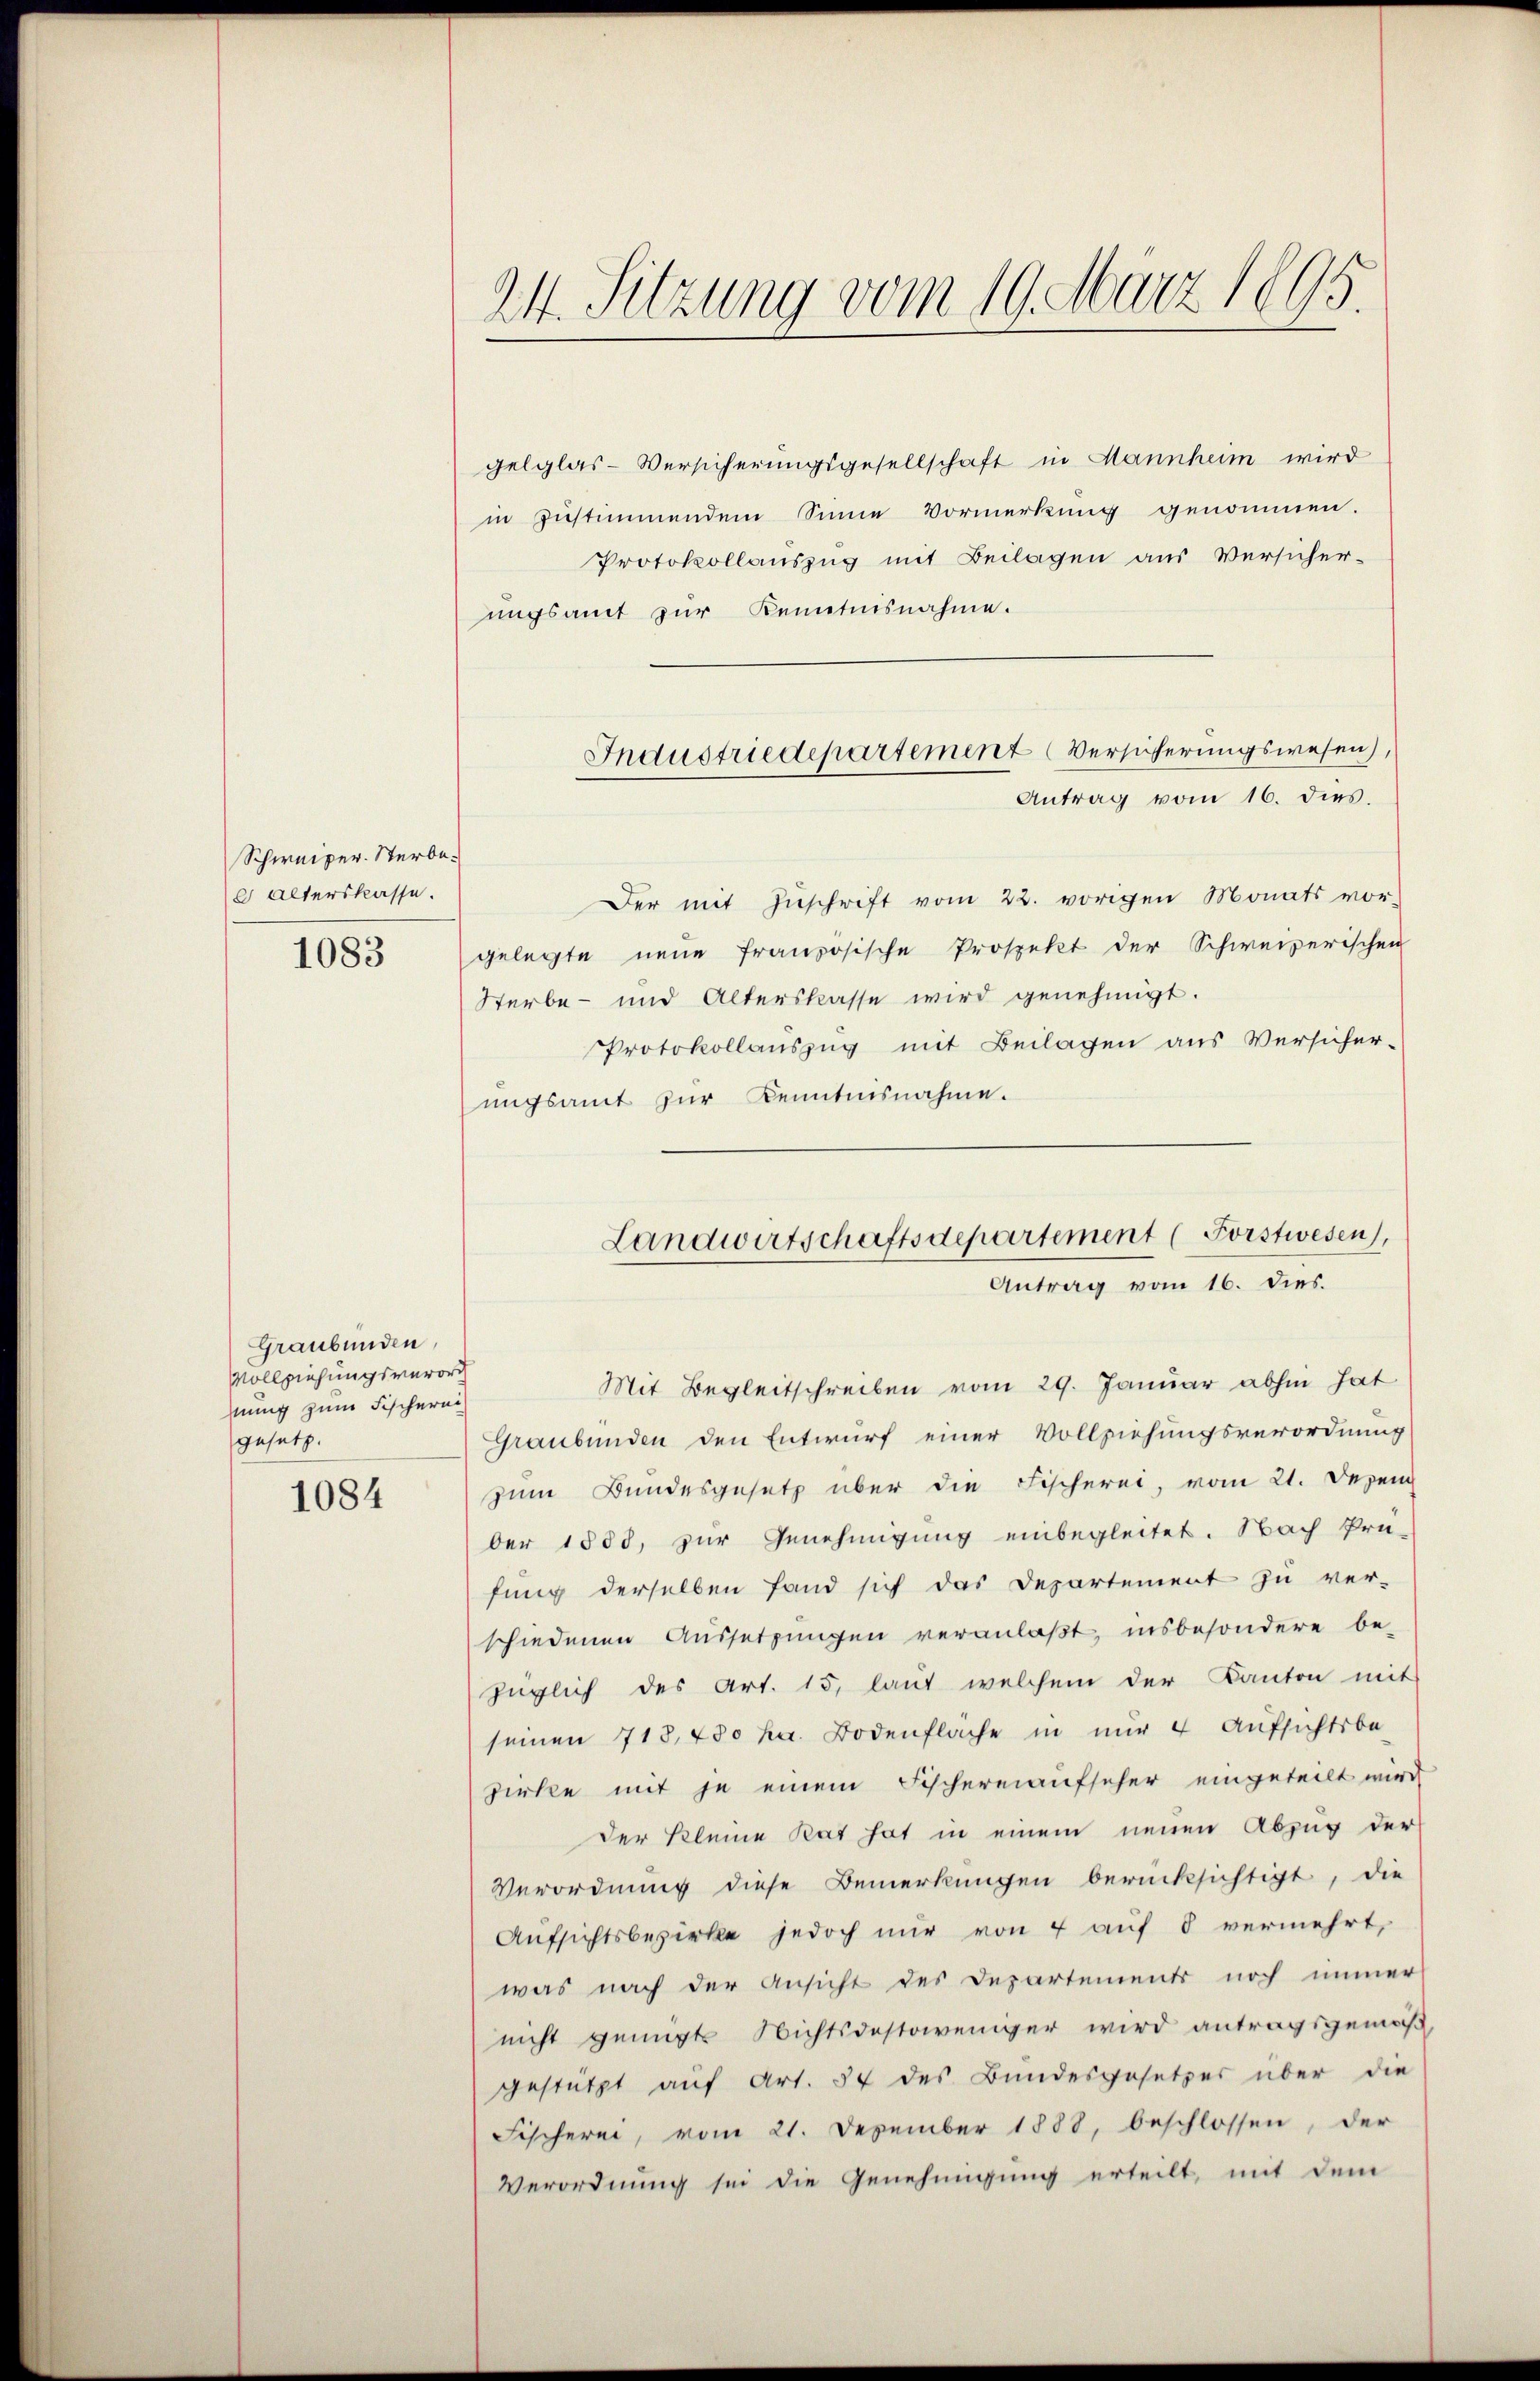
Schweizer. Sterbee alterskasse.
1083

Graubünden,
Vollziehungsverord
hnung zum Fischerei
gesetz.

1084

gelglas-Versicherungsgesellschaft in Mannheim wird
in zustimmendem Sinne Vormerkung genommen.
Protokollauszug mit Beilagen aus Versicherungsamt zur Kenntnisnahme.
Der mit Zuschrift vom 22. vorigen Monats vor-
gelegte neue Französische Prospekt der Schweizerischen
Sterbe- und Alterskasse wird genehmigt.
Protokollauszug mit Beilagen aus Versicher-
ungsamt zur Kenntnisnahme.
Mit Begleitschreiben vom 29. Januar abhin hat
Graubünden den Entwurf einer Vollziehungsverordnung
zum Bundesgesetz über die Fischerei, vom 21. Dezem
ber 1588, zur Genehmigung einbegleitet. Nach Prü-
fung derselben fand sich das Departement zu ver-
schiedenen Aussetzungen veranlaßt, insbesondere be-
züglich des Art. 15, laut welchem der Kanton mit
seinen 718,750 hr. Bodenfläche in nur 4 Aufsichtsbe-
zirke mit je einem Fischereiaufseher eingeteilt wird,
der Kleine Rat hat in einem neuen Abzug der
Verordnung diese Bemerkungen berücksichtigt, die
Aufsichtsbezirke jedoch nur von 4 auf § vermehrt,
was nach der Ansicht des Departements noch immer
nicht genügt Nichtsdestoweniger wird antragsgemäß
gestützt auf Art. 54 des Bundesgesetzes über die
Fischerei, vom 21. Dezember 1888, beschlossen, der
Verordnung sei die Genehmigung erteilt, mit dem

24. Sitzung vom 19. März 1895.

Industriedepartement (Versicherungswesen),
Antrag vom 16. dies.

Landwirtschaftsdepartement (Forstwesen
Antrag vom 16. dies.